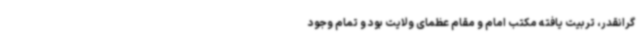
گرانقدر، تربیت یافته مکتب امام و مقام عظمای ولایت بود و تمام وجود